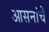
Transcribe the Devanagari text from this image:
आसनांचे